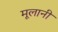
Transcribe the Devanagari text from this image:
मूलानी